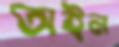
অইন